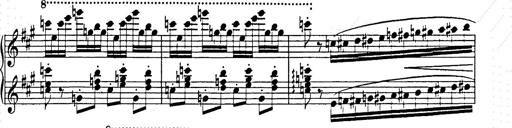
Title: Hungarian Rhapsody No.15
Composer: Franz Liszt
Key: A minor